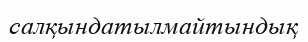
салқындатылмайтындық